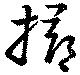
撏